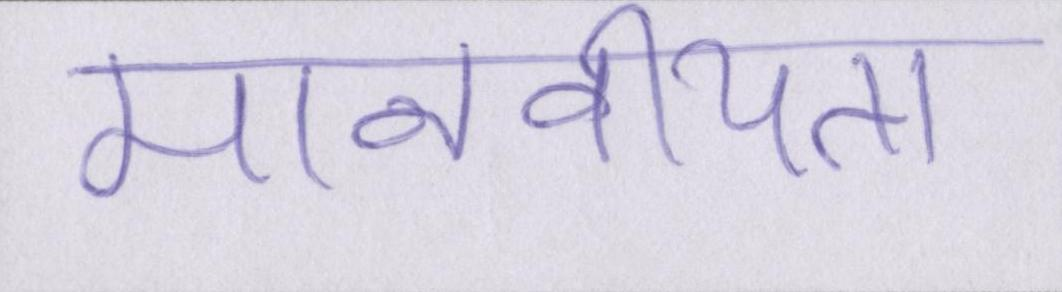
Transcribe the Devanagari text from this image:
मानवीयता